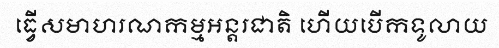
ធ្វើសមាហរណកម្មអន្តរជាតិ ហើយបើកទូលាយ